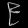
Digit: ၉